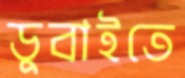
ডুবাইতে